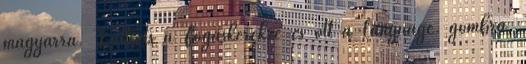
magyarra. Kattints a Fogaskerékre és ott a Language. gombra,